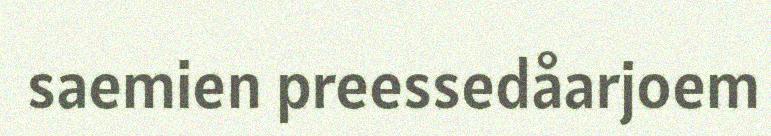
saemien preessedåarjoem